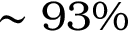
\sim 9 3 \%